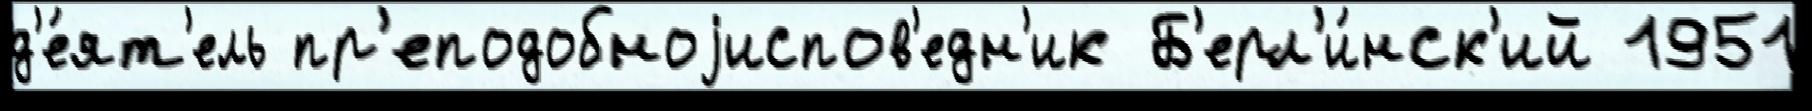
д'е́ят'ель пр'еподобноjиспов'едн'ик Б'ерл'и́нск'ий 1951